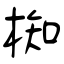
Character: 椥